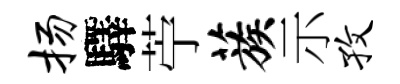
扬驛苧蔟示孜